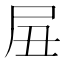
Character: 𱚴